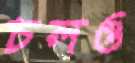
চলও